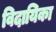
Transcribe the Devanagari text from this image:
विदायिका